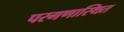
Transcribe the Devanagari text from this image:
परगणास्थित